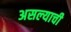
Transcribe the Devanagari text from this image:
असल्‍याची